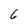
Character: 6